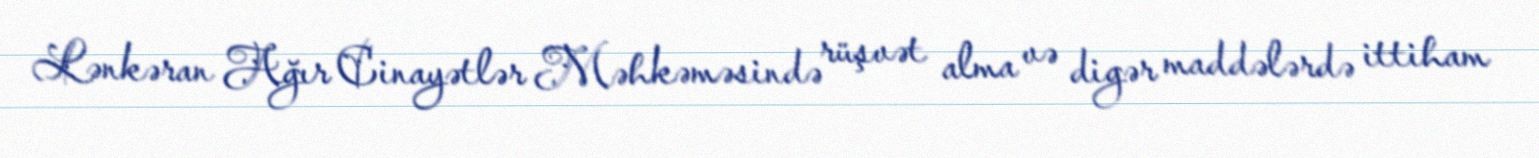
Lənkəran Ağır Cinayətlər Məhkəməsində rüşvət alma və digər maddələrdə ittiham